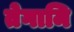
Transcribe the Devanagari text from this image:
तेगामि